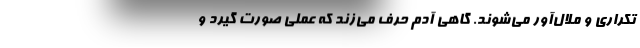
تکراری و ملال‌آور می‌شوند. گاهی آدم حرف می‌زند که عملی صورت گیرد و